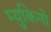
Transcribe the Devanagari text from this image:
म्युकिनो